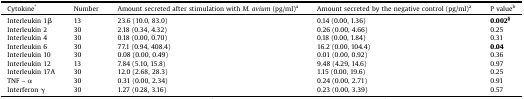
<table><thead><tr><td><b>Cytokine<sup>*</sup></b></td><td><b>Number</b></td><td><b>Amount secreted after stimulation with <i>M. avium</i> (pg/ml)<sup>a</sup></b></td><td><b>Amount secreted by the negative control (pg/ml)<sup>a</sup></b></td><td><b>P value<sup>b</sup></b></td></tr></thead><tbody><tr><td>Interleukin 1β</td><td>13</td><td>23.6 (10.0, 83.0)</td><td>0.14 (0.00, 1.36)</td><td><b>0.002<sup>§</sup></b></td></tr><tr><td>Interleukin 2</td><td>30</td><td>2.18 (0.34, 4.32)</td><td>0.26 (0.00, 4.66)</td><td>0.25</td></tr><tr><td>Interleukin 4</td><td>30</td><td>0.18 (0.00, 0.70)</td><td>0.18 (0.00, 1.84)</td><td>0.31</td></tr><tr><td>Interleukin 6</td><td>30</td><td>77.1 (0.94, 408.4)</td><td>16.2 (0.00, 104.4)</td><td><b>0.04</b></td></tr><tr><td>Interleukin 10</td><td>30</td><td>0.08 (0.00, 0.49)</td><td>0.01 (0.00, 0.92)</td><td>0.36</td></tr><tr><td>Interleukin 12</td><td>13</td><td>7.84 (5.10, 15.8)</td><td>9.48 (4.29, 14.6)</td><td>0.97</td></tr><tr><td>Interleukin 17A</td><td>30</td><td>12.0 (2.68, 28.3)</td><td>1.15 (0.00, 19.6)</td><td>0.25</td></tr><tr><td>TNF – α</td><td>30</td><td>0.31 (0.00, 2.34)</td><td>0.24 (0.00, 2.71)</td><td>0.91</td></tr><tr><td>Interferon γ</td><td>30</td><td>1.27 (0.28, 3.16)</td><td>0.23 (0.00, 3.39)</td><td>0.57</td></tr></tbody></table>